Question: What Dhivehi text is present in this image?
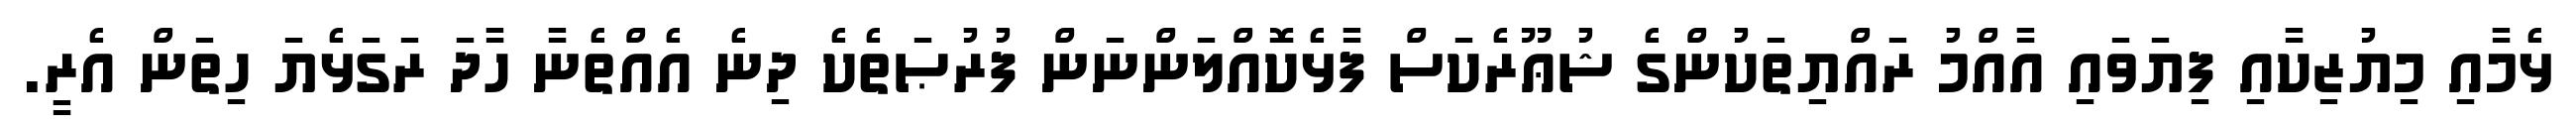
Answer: ޅެމާއި މިޔުޒިކާއި ފިޔަވައި އާއްމު ރައްޔިތަކުންގެ ޝުޢޫރެކަސް ފާޅެކޮއްލަންނަން ފުރުޞަތެކެ ދިނެ އެއްތެނާ ހާދަ ރަގަޅެޔަ ހިތަން އެރީ.